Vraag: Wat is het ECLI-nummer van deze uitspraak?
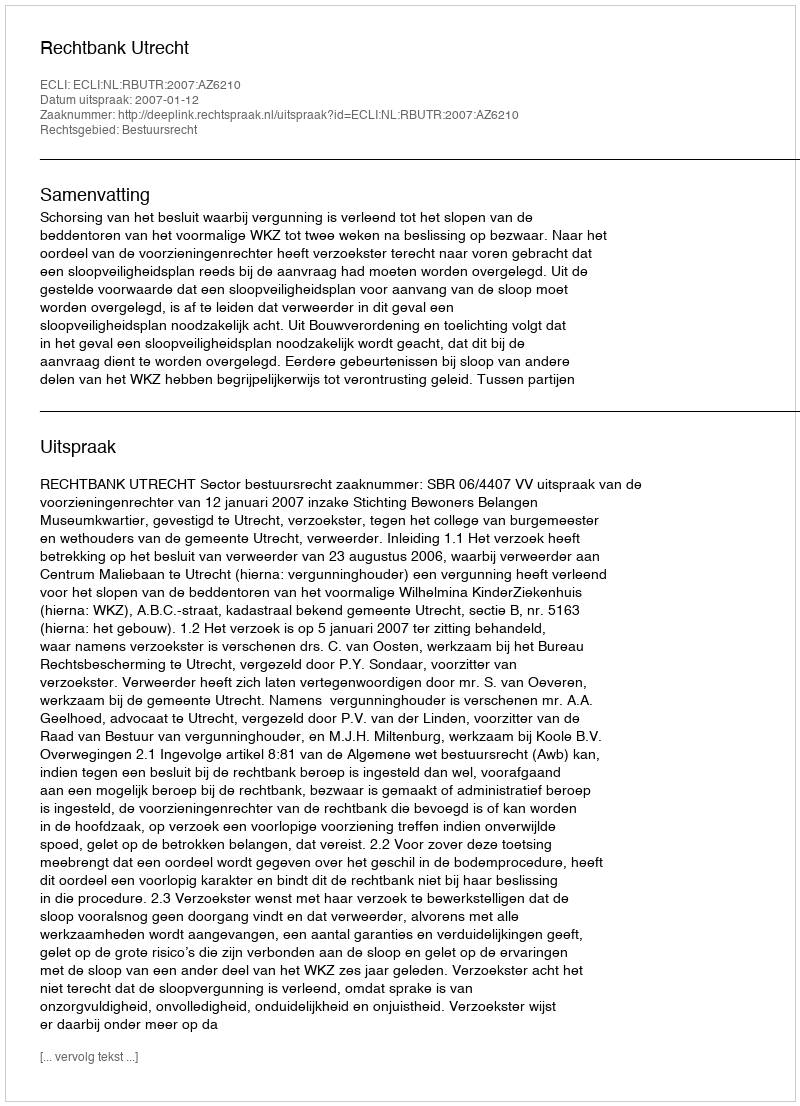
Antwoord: ECLI:NL:RBUTR:2007:AZ6210